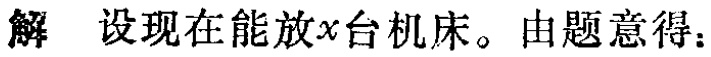
解 设现在能放\(x\)台机床。由题意得：